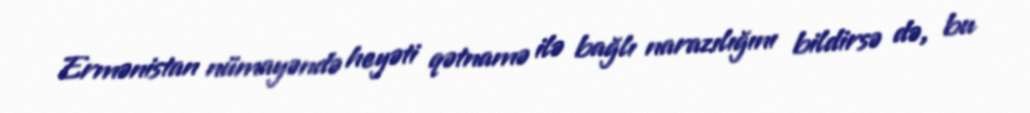
Ermənistan nümayəndə heyəti qətnamə ilə bağlı narazılığını bildirsə də, bu